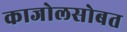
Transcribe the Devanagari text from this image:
काजोलसोबत